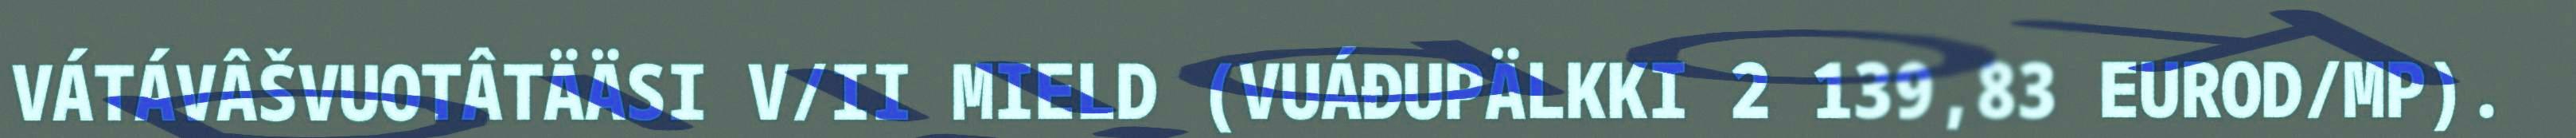
VÁTÁVÂŠVUOTÂTÄÄSI V/II MIELD (VUÁĐUPÄLKKI 2 139,83 EUROD/MP).